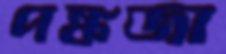
পঙ্কজা